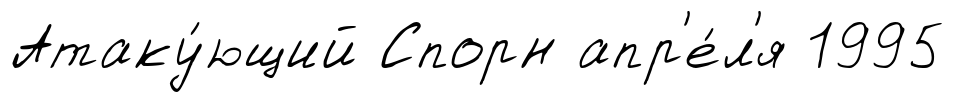
Атаку́ющий Спорн апр'е́л'я 1995